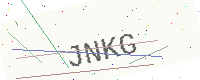
Text: JNKG